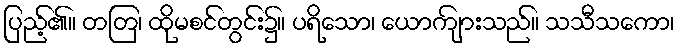
ပြည့်၏။ တတြ၊ ထိုမစင်တွင်း၌။ ပရိသော၊ ယောကျ်ားသည်။ သသီသကော၊